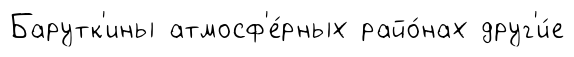
Барутк'ины атмосф'е́рных райо́нах друг'и́е